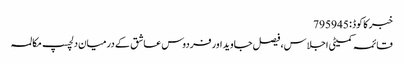
خبر کا کوڈ : 795945
قائمہ کمیٹی اجلاس، فیصل جاوید اور فردوس عاشق کے درمیان دلچسپ مکالمہ